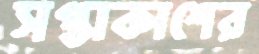
সপ্তাকাশের